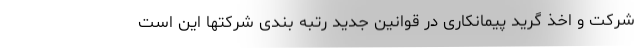
شرکت و اخذ گرید پیمانکاری در قوانین جدید رتبه بندی شرکتها این است